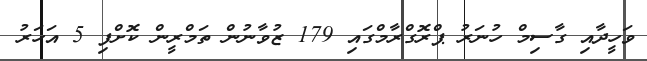
ވަހީދާއި ގާސިމް ހުނަރު ޕްރޮގްރާމްގައި 179 ޒުވާނުން ތަމްރީން ކޮށްފި 5 އަހަރު